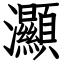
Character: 灦